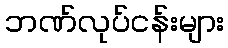
ဘဏ်လုပ်ငန်းများ